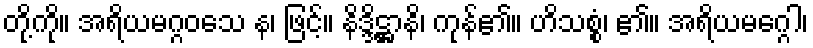
တို့ကို။ အရိယမဂ္ဂဝသေ န၊ ဖြင့်။ နိဒ္ဒိဋ္ဌာနိ၊ ကုန်၏။ ဟိသစ္စံ၊ ၏။ အရိယမဂ္ဂေါ၊